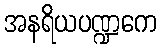
အနရိယပဏ္ဍကေ